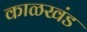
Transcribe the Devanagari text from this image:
काळखंड